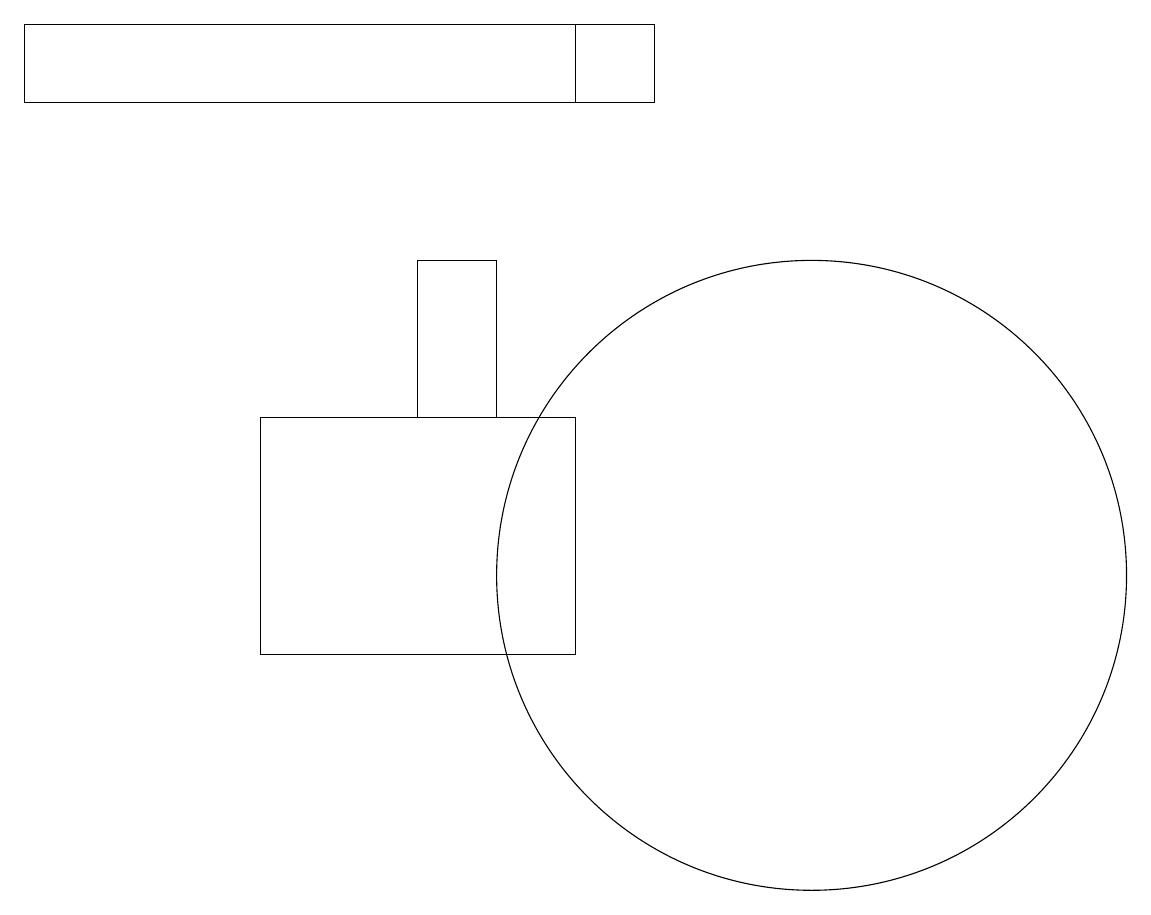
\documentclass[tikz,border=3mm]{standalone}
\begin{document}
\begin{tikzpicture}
\draw (8,17) rectangle (8,18);
\draw (11,11) circle (4);
\draw (6,15) rectangle (7,13);
\draw (9,18) rectangle (1,17);
\draw (1,11) rectangle (1,11);
\draw (4,13) rectangle (8,10);
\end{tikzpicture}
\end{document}